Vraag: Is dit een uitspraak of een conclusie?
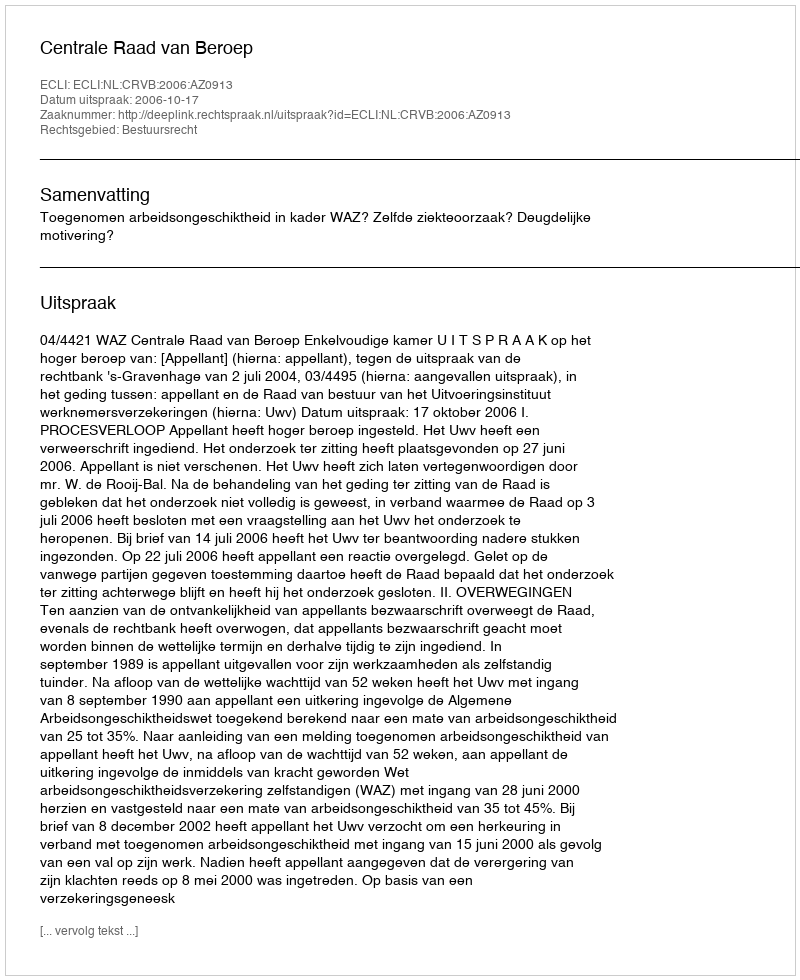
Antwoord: Uitspraak